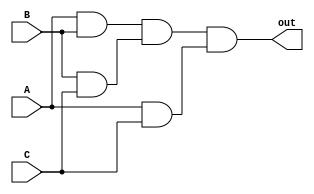
module three_input_and (
    input A,
    input B,
    input C,
    output out
);
    
    wire w1, w2, w3;
    
    and gate1 (w1, A, B);
    and gate2 (w2, B, C);
    and gate3 (w3, A, C);
    
    and final_gate (out, w1, w2, w3);
    
endmodule